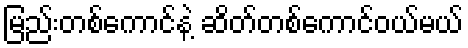
မြည်းတစ်ကောင်နဲ့ ဆိတ်တစ်ကောင်ဝယ်မယ်